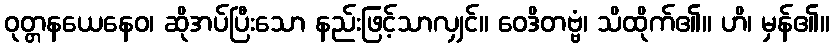
ဝုတ္တနယေနေဝ၊ ဆိုအပ်ပြီးသော နည်းဖြင့်သာလျှင်။ ဝေဒိတဗ္ဗံ၊ သိထိုက်၏။ ဟိ၊ မှန်၏။